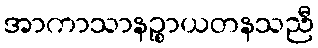
အာကာသာနဉ္စာယတနသညီ